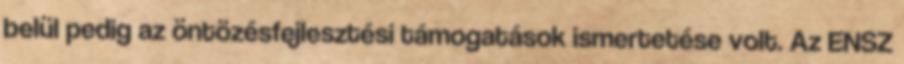
belül pedig az öntözésfejlesztési támogatások ismertetése volt. Az ENSZ